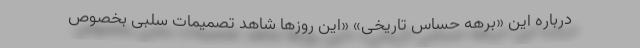
درباره این «برهه حساس تاریخی» «این روزها شاهد تصمیمات سلبی بخصوص